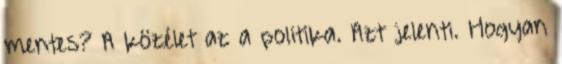
mentes? A közélet az a politika. Azt jelenti. Hogyan